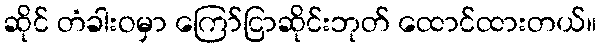
ဆိုင် တံခါးဝမှာ ကြော်ငြာဆိုင်းဘုတ် ထောင်ထားတယ်။